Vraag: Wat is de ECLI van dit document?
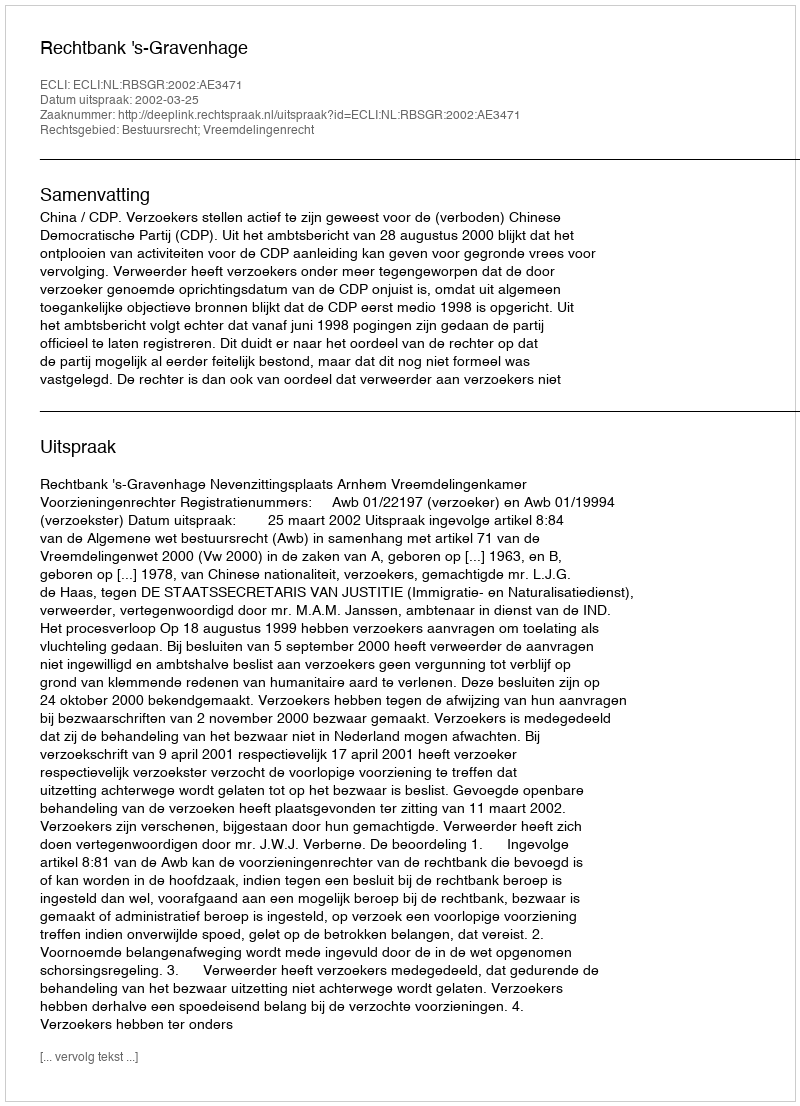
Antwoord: ECLI:NL:RBSGR:2002:AE3471